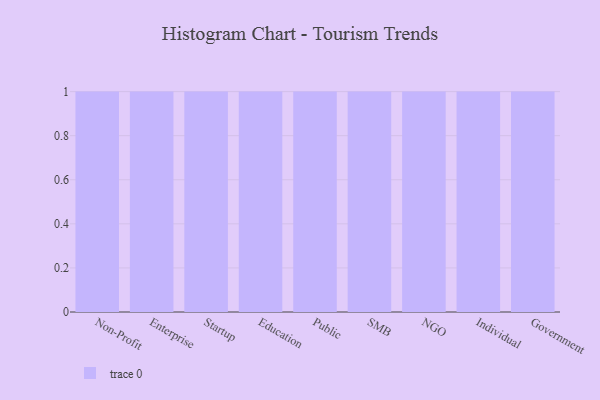
{"axis": {"x": "Segment", "y": "Demand Index"}, "legend": [""], "data": [{"x": "Non-Profit", "y": 57, "type": ""}, {"x": "Enterprise", "y": 59, "type": ""}, {"x": "Startup", "y": 50, "type": ""}, {"x": "Education", "y": 17, "type": ""}, {"x": "Public", "y": 36, "type": ""}, {"x": "SMB", "y": 33, "type": ""}, {"x": "NGO", "y": 35, "type": ""}, {"x": "Individual", "y": 29, "type": ""}, {"x": "Government", "y": 60, "type": ""}]}